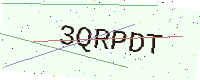
Text: 3QRPDT